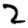
Digit: 2